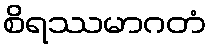
စိရဿမာဂတံ